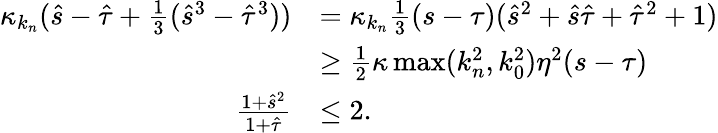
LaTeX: \begin{array}{rl}{\kappa_{k_{n}}(\hat{s}-\hat{\tau}+\frac 13(\hat{s}^{3}-\hat{\tau}^{3}))}&{=\kappa_{k_{n}}\frac 13(s-\tau)(\hat{s}^{2}+\hat{s}\hat{\tau}+\hat{\tau}^{2}+1)}\\ &{\ge\frac 12\kappa\operatorname*{max}({k_{n}^{2}},k_{0}^{2})\eta^{2}(s-\tau)}\\ {\frac{1+\hat{s}^{2}}{1+\hat{\tau}}}&{\le 2.}\end{array}